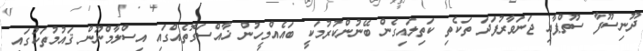
ދޫނިސޫފާ ސޫތްޕާއި ޖަނަވާރުފަދަ ތަކެތި ކަތިލައިގެން ބޭނުންކުރުމަކީ ބައެއްމީހުން ޚާއްސަގޮތެއްގައި އިސްލާމްނޫން ޤައުމުތަކުގައި